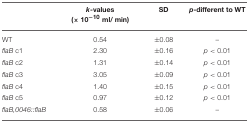
<table><thead><tr><td></td><td><b><i>k</i>-values (× 10<sup>−10</sup> ml/ min)</b></td><td><b>SD</b></td><td><b><i>p</i>-different to WT</b></td></tr></thead><tbody><tr><td>WT</td><td>0.54</td><td>±0.08</td><td>–</td></tr><tr><td><i>flaB</i> c1</td><td>2.30</td><td>±0.16</td><td><i>p</i> &lt; 0.01</td></tr><tr><td><i>flaB</i> c2</td><td>1.31</td><td>±0.14</td><td><i>p</i> &lt; 0.01</td></tr><tr><td><i>flaB</i> c3</td><td>3.05</td><td>±0.09</td><td><i>p</i> &lt; 0.01</td></tr><tr><td><i>flaB</i> c4</td><td>1.40</td><td>±0.15</td><td><i>p</i> &lt; 0.01</td></tr><tr><td><i>flaB</i> c5</td><td>0.97</td><td>±0.12</td><td><i>p</i> &lt; 0.01</td></tr><tr><td><i>flaB,0046::flaB</i></td><td>0.58</td><td>±0.06</td><td>–</td></tr></tbody></table>